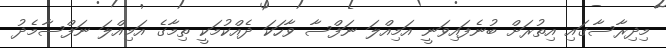
މިދިރާސާގައި އިތުރަށް ބުނެފައިވަނީ އަމިއްލަ ނަފްސާ ވާހަކަ ދެއްކުމަކީ ތިމާގެ އަމިއްލަ ނަފްސާމެދު